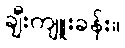
ချီးကျူးခန်း။